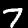
Label: 7